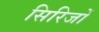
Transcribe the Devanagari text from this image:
सिरिजों